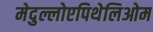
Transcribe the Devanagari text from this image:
मेदुल्लोएपिथेलिओम